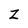
Character: Z